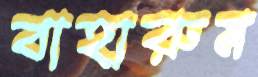
বাহারুম